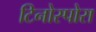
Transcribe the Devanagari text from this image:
टिनोस्पोरा